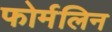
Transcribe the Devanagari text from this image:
फोर्मलिन